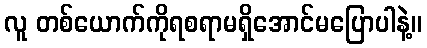
လူ တစ်ယောက်ကိုရစရာမရှိအောင်မပြောပါနဲ့။